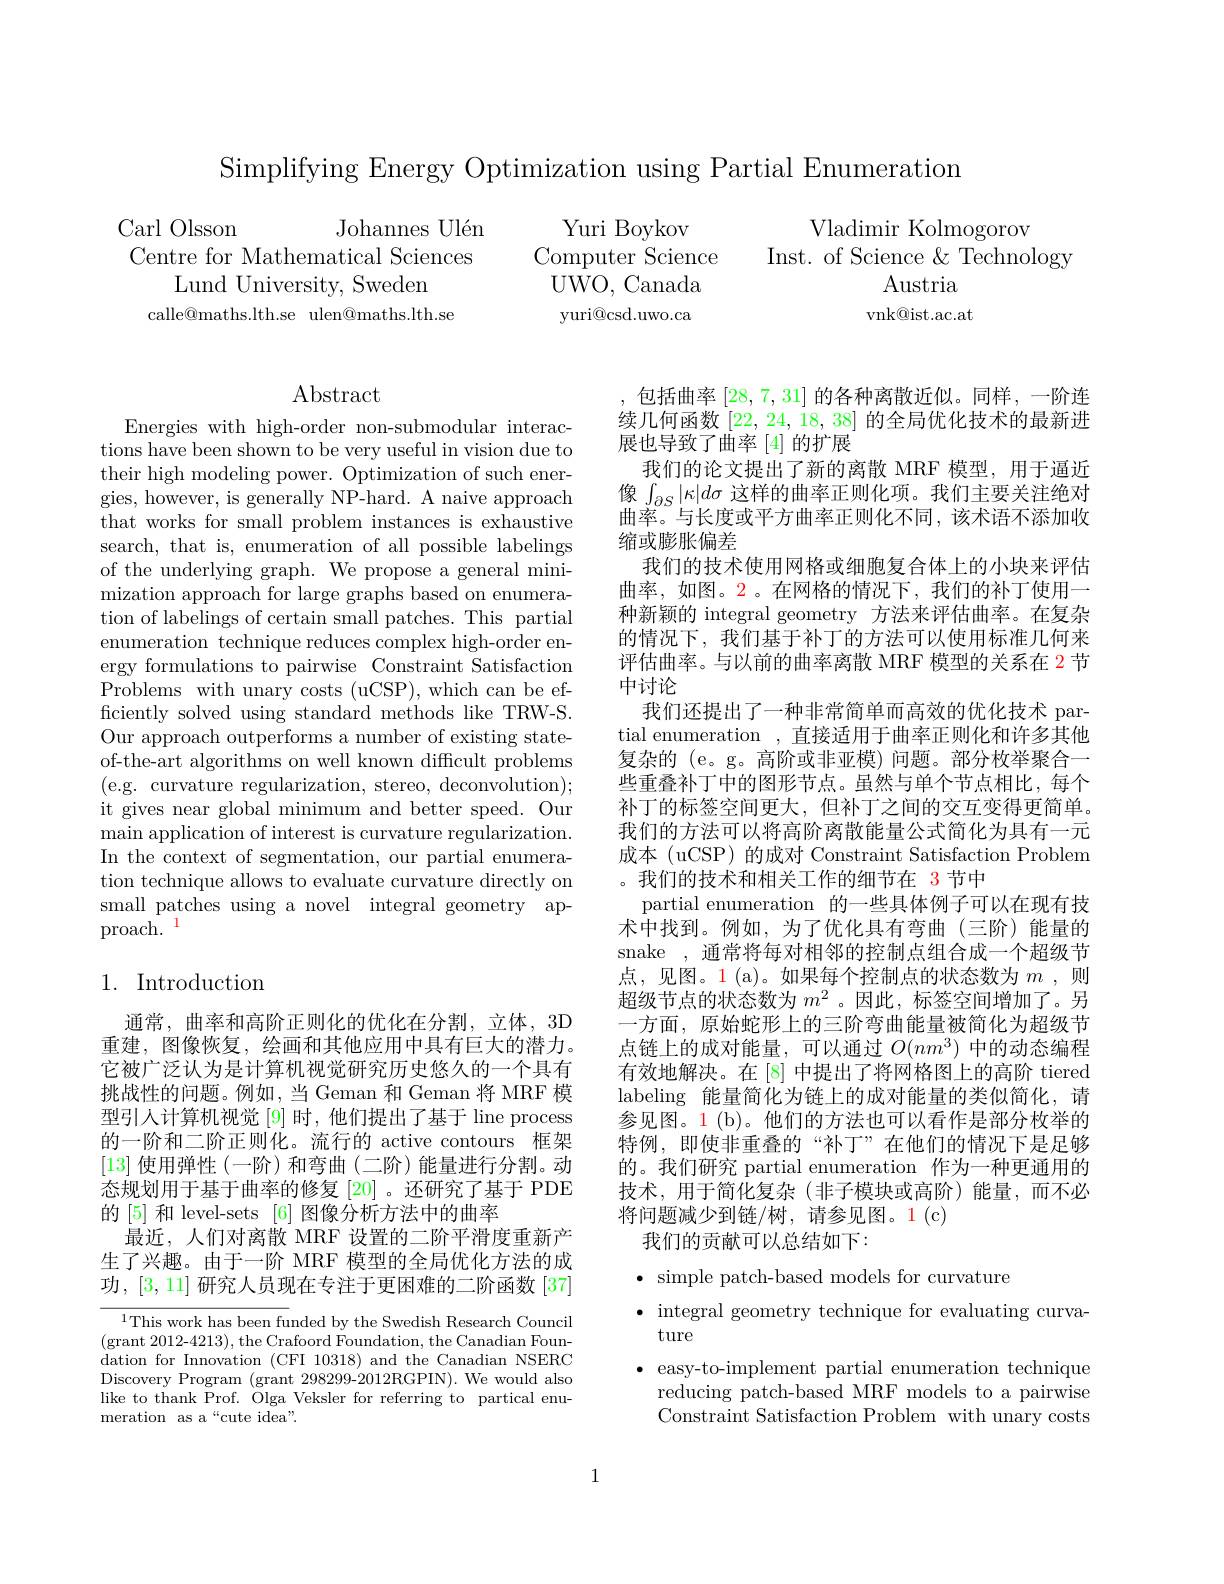
Simplifying Energy Optimization using Partial Enumeration

Vladimir Kolmogorov

Carl Olsson
Johannes Ulén
Centre for Mathematical Sciences
Lund University, Sweden
calle@maths.lth.se ulen@maths.lth.se

Yuri Boykov
Computer Science Inst. of Science & Technology
${\hat{\mathrm{UWO,~Canada}}}$ yuri@csd.uwo.ca

$\operatorname{Austria}$

vnk@ist.ac.at

Abstract

Energies with high-order non-submodular interactions have been shown to be very useful in vision due to their high modeling power. Optimization of such energies, however, is generally NP-hard. A naive approach that works for small problem instances is exhaustive search, that is, enumeration of all possible labelings of the underlying graph. We propose a general minimization approach for large graphs based on enumeration of labelings of certain small patches. This partial enumeration technique reduces complex high-order energy formulations to pairwise Constraint Satisfaction Problems with unary costs (uCSP), which can be efficiently solved using standard methods like TRW-S. Our approach outperforms a number of existing stateof-the-art algorithms on well known difficult problems (e.g. curvature regularization, stereo, deconvolution); it gives near global minimum and better speed. Our main application of interest is curvature regularization. In the context of segmentation, our partial enumeration technique allows to evaluate curvature directly on small patches using a novel integral geometry ap- ${\mathrm{proach.}}^{1}$

包括曲率[28,7,31]的各种离散近似。同样，一阶连续几何函数$[22,24,\dot{1}8,38]$的全局优化技术的最新进展也导致了曲率[4]的扩展
我们的论文提出了新的离散 MRF 模型，用于逼近像$\int_{\partial S}|\kappa|d\sigma$这样的曲率正则化项。我们主要关注绝对曲率。与长度或平方曲率正则化不同，该术语不添加收缩或膨胀偏差
我们的技术使用网格或细胞复合体上的小块来评估曲率，如图。2。在网格的情况下，我们的补丁使用一种新颖的 integral geometry 方法来评估曲率。在复杂的情况下，我们基于补丁的方法可以使用标准几何来评估曲率。与以前的曲率离散 MRF 模型的关系在 2 节中讨论
我们还提出了一种非常简单而高效的优化技术 partial enumeration ,直接适用于曲率正则化和许多其他复杂的 (e。g。高阶或非亚模) 问题。部分枚举聚合一些重叠补丁中的图形节点。虽然与单个节点相比，每个补丁的标签空间更大，但补丁之间的交互变得更简单。我们的方法可以将高阶离散能量公式简化为具有一元成本 (uCSP) 的成对 Constraint Satisfaction Problem 。我们的技术和相关工作的细节在 3节中
partial enumeration 的一些具体例子可以在现有技术中找到。例如，为了优化具有弯曲(三阶)能量的snake ,通常将每对相邻的控制点组合成一个超级节点，见图。1(a)。如果每个控制点的状态数为$m$ ,则超级节点的状态数为$m^{2}$ 。因此，标签空间增加了。另一方面，原始蛇形上的三阶弯曲能量被简化为超级节点链上的成对能量，可以通过$O(nm^3)$中的动态编程有效地解决。在[8] 中提出了将网格图上的高阶 tiered labeling 能量简化为链上的成对能量的类似简化，请参见图。1(b)。他们的方法也可以看作是部分枚举的特例，即使非重叠的“补丁”在他们的情况下是足够的。我们研究 partial enumeration 作为一种更通用的技术，用于简化复杂(非子模块或高阶)能量，而不必将问题减少到链/树，请参见图。1(c)
我们的贡献可以总结如下：
$\bullet$ simple patch-based models for curvature

## 1. Introduction

通常，曲率和高阶正则化的优化在分割，立体，3D 重建，图像恢复，绘画和其他应用中具有巨大的潜力。它被广泛认为是计算机视觉研究历史悠久的一个具有挑战性的问题。例如，当 Geman 和 Geman 将 MRF 模型引人计算机视觉[9]时，他们提出了基于 line process 的一阶和二阶正则化。流行的 active contours 框架[13]使用弹性(一阶)和弯曲(二阶)能量进行分割。动态规划用于基于曲率的修复[20]。还研究了基于 PDE 的 [5] 和 level-sets [6] 图像分析方法中的曲率
最近，人们对离散 MRF 设置的二阶平滑度重新产生了兴趣。由于一阶 MRF 模型的全局优化方法的成功，[3,11]研究人员现在专注于更困难的二阶函数[37]

$\bullet$ integral geometry technique for evaluating curva-
ture
$\bullet$ easy-to-implement partial enumeration technique reducing patch-based MRF models to a pairwise Constraint Satisfaction Problem with unary costs

$^{1}$This work has been funded by the Swedish Research Council (grant 2012-4213), the Crafoord Foundation, the Canadian Foundation for Innovation (CFI 10318) and the Canadian NSERC Discovery Program (grant 298299-2012RGPIN). We would also like to thank Prof. Olga Veksler for referring to partical enumeration as a“cute idea”.

1